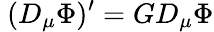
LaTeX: \ (D_{\mu}\Phi)^{\prime}=GD_{\mu}\Phi